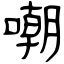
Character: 嘲